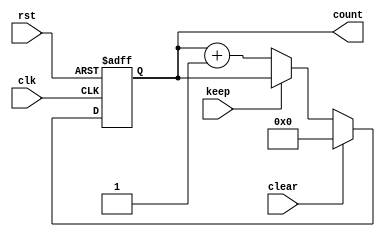
module counter(
	clk,
	rst,
	count,
	clear,
	keep
);
	input               clk;
	input               rst;
	input               keep;
	input               clear;
	output reg        [9:0]   count;
	reg        [9:0]   count_in;
	always@(posedge clk or posedge rst)
	begin
		if(rst)
		
		begin
			count<=10'd0;
		end
		else
		begin
			count<=count_in;
		end

	end
	always@(*)
	begin
		if(clear)
		begin
			count_in=10'd0;
		end
		else if(keep)
		begin
			count_in=count;
		end
		else
		begin
			count_in=count+10'd1;
		end
	end
endmodule